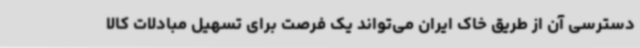
دسترسی آن از طریق خاک ایران می‌تواند یک فرصت برای تسهیل مبادلات کالا